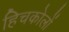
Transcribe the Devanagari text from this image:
हिचकोलों